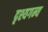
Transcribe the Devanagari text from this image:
दृश्यगम्य